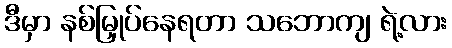
ဒီမှာ နစ်မြှုပ်နေရတာ သဘောကျ ရဲ့လား